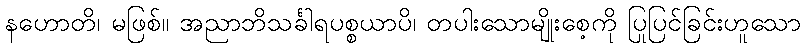
နဟောတိ၊ မဖြစ်။ အညာဘိသင်္ခါရပစ္စယာပိ၊ တပါးသောမျိုးစေ့ကို ပြုပြင်ခြင်းဟူသော